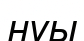
нуы